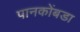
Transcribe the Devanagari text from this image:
पानकोंबडा